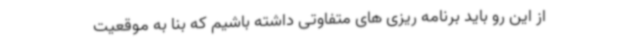
از این رو باید برنامه ریزی های متفاوتی داشته باشیم که بنا به موقعیت